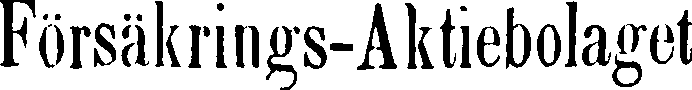
Försäkrings-Aktiebolaget